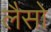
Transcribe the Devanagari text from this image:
लैसो